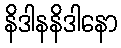
နိဒါနနိဒါနော